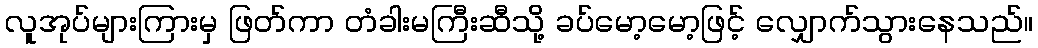
လူအုပ်များကြားမှ ဖြတ်ကာ တံခါးမကြီးဆီသို့ ခပ်မော့မော့ဖြင့် လျှောက်သွားနေသည်။